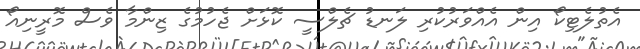
އެތުލެޓިކޯ އިން އެއްވަރުކުރި ލަނޑު ޗެލްސީ ކޮޅަށް ޖެހުމުގެ ޒިންމާ ވެސް މޮރީނިއޯ